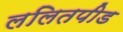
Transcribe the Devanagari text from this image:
ललितपीड